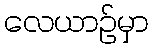
လေယာဉ်မှာ